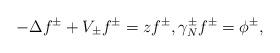
LaTeX: \begin{align*}-\Delta f^\pm + V_\pm f^\pm = zf^\pm, \gamma^\pm_Nf^\pm = \phi^\pm,\end{align*}